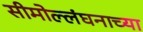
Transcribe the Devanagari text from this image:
सीमोल्लंघनाच्या